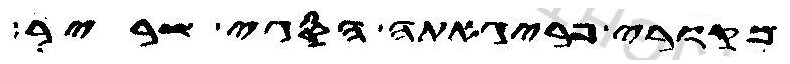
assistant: מקורי פריגאתה הסגי שריר